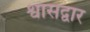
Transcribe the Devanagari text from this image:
श्वासद्वार